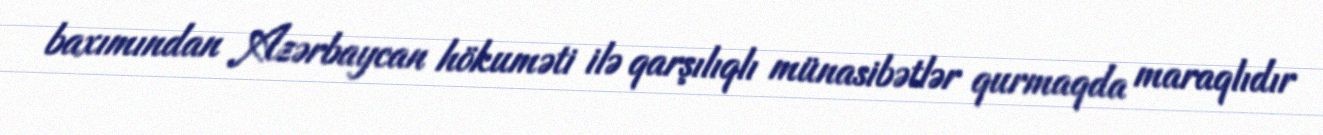
baxımından Azərbaycan hökuməti ilə qarşılıqlı münasibətlər qurmaqda maraqlıdır